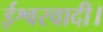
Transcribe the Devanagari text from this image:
ईश्वरवादी।